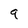
Character: 9